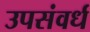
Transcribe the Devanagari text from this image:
उपसंवर्ध